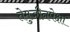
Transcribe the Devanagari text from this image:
तेमुजीनपेक्षा